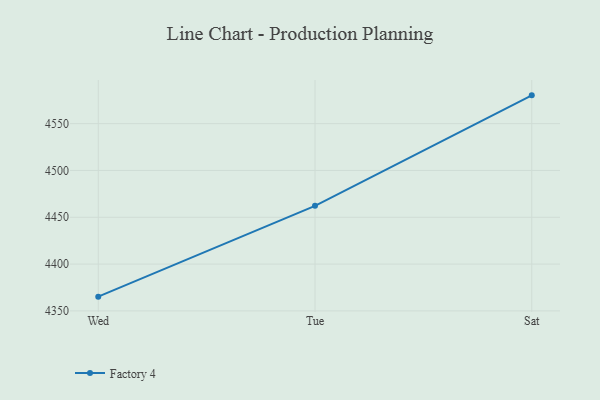
{"axis": {"x": "Day", "y": "Satisfaction Score"}, "legend": ["Factory 4"], "data": [{"x": "Wed", "y": 4365.2, "type": "Factory 4"}, {"x": "Tue", "y": 4462.2, "type": "Factory 4"}, {"x": "Sat", "y": 4580.2, "type": "Factory 4"}]}